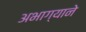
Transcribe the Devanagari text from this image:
अभाग्याने